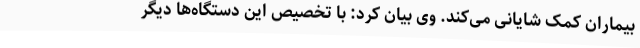
بیماران کمک شایانی می‌کند. وی بیان کرد: با تخصیص این دستگاه‌ها دیگر